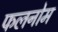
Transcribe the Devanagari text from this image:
फलनोम